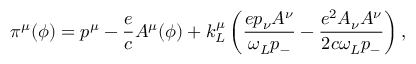
\pi ^ { \mu } ( \phi ) = p ^ { \mu } - \frac { e } { c } A ^ { \mu } ( \phi ) + k _ { L } ^ { \mu } \left( \frac { e p _ { \nu } A ^ { \nu } } { \omega _ { L } p _ { - } } - \frac { e ^ { 2 } A _ { \nu } A ^ { \nu } } { 2 c \omega _ { L } p _ { - } } \right) ,